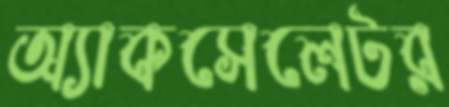
অ্যাকসেলেটর